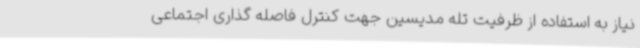
نیاز به استفاده از ظرفیت تله مدیسین جهت کنترل فاصله گذاری اجتماعی